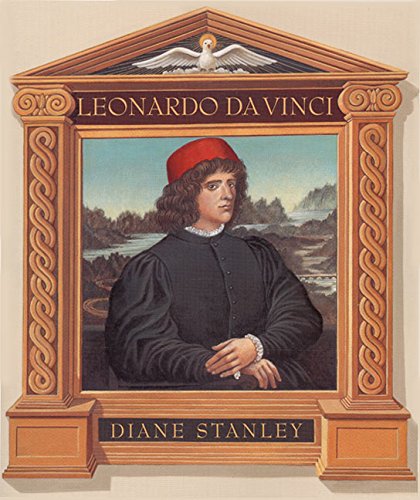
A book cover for Leonardo da Vinci; Diane Stanley; Children's Books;